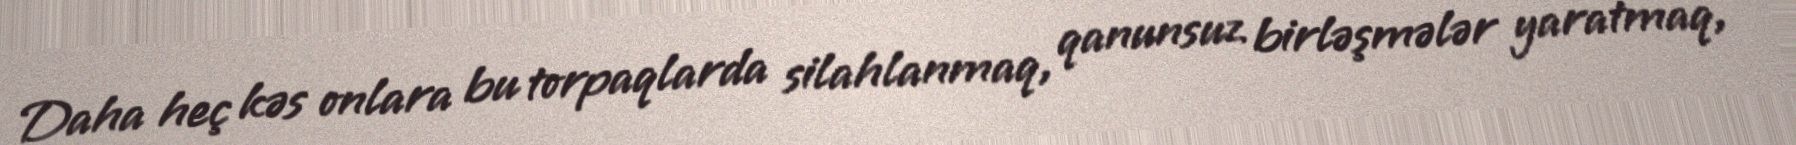
Daha heç kəs onlara bu torpaqlarda silahlanmaq, qanunsuz birləşmələr yaratmaq,